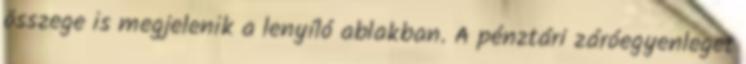
összege is megjelenik a lenyíló ablakban. A pénztári záróegyenleget